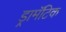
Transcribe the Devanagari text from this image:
ड्रामॅटिक